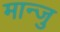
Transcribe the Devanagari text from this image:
मान्जु